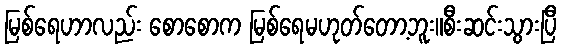
မြစ်ရေဟာလည်း စောစောက မြစ်ရေမဟုတ်တော့ဘူး။စီးဆင်းသွားပြီ